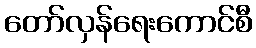
တော်လှန်ရေးကောင်စီ